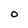
Character: O